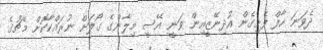
ދެވަނަ ހާފް ފެށިގެން އުދިނޭޒީއިން ވަނީ އޭސީ މިލާންގެ ގޯލަށް ނުރައްކާކޮށް މެޗުގެ